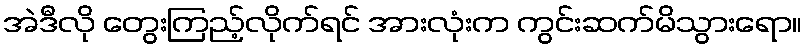
အဲဒီလို တွေးကြည့်လိုက်ရင် အားလုံးက ကွင်းဆက်မိသွားရော။